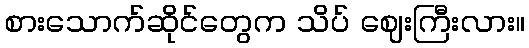
စားသောက်ဆိုင်တွေက သိပ် ဈေးကြီးလား။